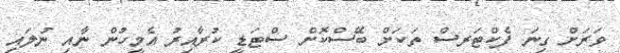
ވަރަށް ގިނަ ފެކްޓަރސް ތަކަށް ބޭސްކޮށް ސްޓަޑީ ކުރާއިރު އެމީހުން ނާއި ނުލައި